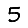
Digit: 5